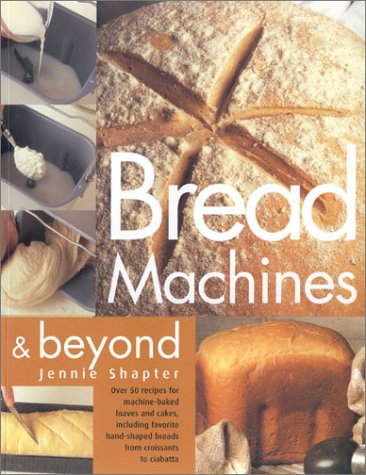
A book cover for Bread Machine and Beyond; Jennie Shapter; Cookbooks, Food & Wine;